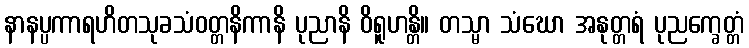
နာနပ္ပကာရဟိတသုခသံဝတ္တနိကာနိ ပုညာနိ ဝိရူဟန္တိ။ တသ္မာ သံဃော အနုတ္တရံ ပုညက္ခေတ္တံ